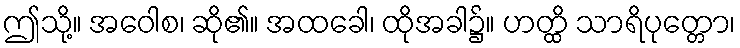
ဤသို့။ အဝေါစ၊ ဆို၏။ အထခေါ၊ ထိုအခါ၌။ ဟတ္ထိ သာရိပုတ္တော၊